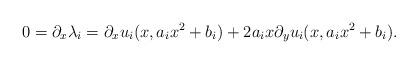
LaTeX: \begin{align*} 0=\partial_x \lambda_i=\partial_x u_i(x,a_i x^2 +b_i) + 2 a_i x\partial_y u_i(x,a_i x^2 +b_i). \end{align*}